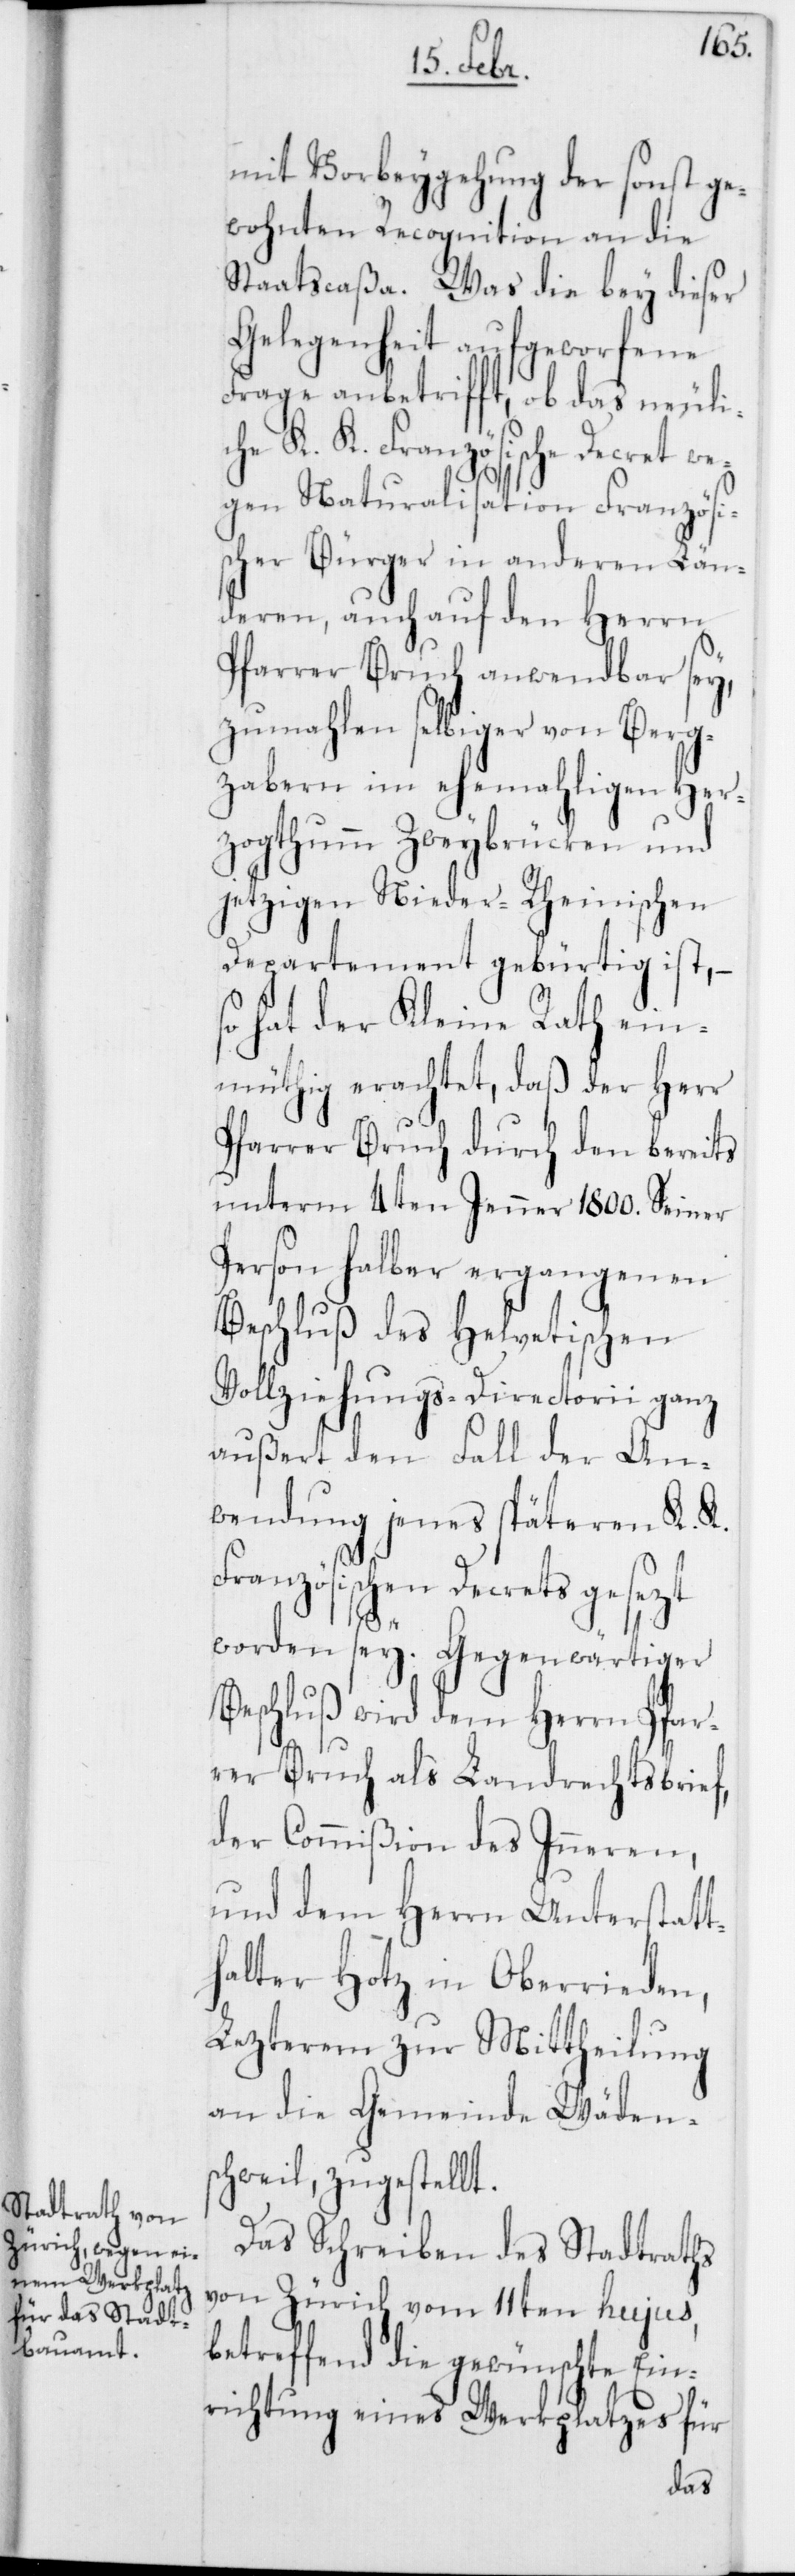
mit Vorbeygehung der sonst ge¬
wohnten Recognition an die
Staatscaßa. Was die bey dieser
Gelegenheit aufgeworfene
Frage anbetrifft, ob das neuli¬
che K. K. Französische Decret we¬
gen Naturalisation Französi¬
scher Bürger in anderen Län¬
deren, auch auf den Herrn
Pfarrer Bruch anwendbar sey,
zumahlen selbiger von Berg¬
zabern im ehemaligen Her¬
zogthumm Zweybrücken und
jetzigen Nieder-Rheinischen
Departement gebürtig ist, –
hat der Kleine Rath ein¬
müthig erachtet, daß der Herr
Pfarrer Bruch durch den bereits
unterm 4ten Jenner 1800. Seiner
Person halber ergangenen
Beschluß des helvetischen
Vollziehungs-Directorii ganz
außert den Fall der An¬
wendung jenes späteren K. K.
Französischen Decrets gesezt
Beschluß wird dem Herrn Pfar¬
rer Bruch als Landrechtsbrief,
der Commißion des Inneren,
und dem Herrn Unterstatt¬
halter Hotz in Oberrieden,
Lezterem zur Mittheilung
an die Gemeinde Wäden¬
schweil, zugestellt.
Das Schreiben des Stadtraths
von Zürich vom 11ten hujus,
betreffend die gewünschte Ein¬
richtung eines Werkplatzes für